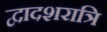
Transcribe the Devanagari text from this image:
द्वादशरात्रि